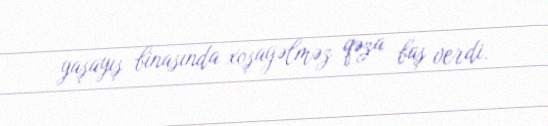
yaşayış binasında xoşagəlməz qəza baş verdi.